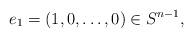
LaTeX: \begin{align*} e_1 = (1,0,\ldots,0) \in S^{n-1},\end{align*}